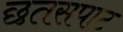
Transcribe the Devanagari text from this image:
छतसपाट